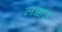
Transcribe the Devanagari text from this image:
लक्कड